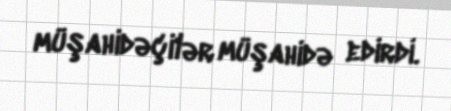
müşahidəçilər müşahidə edirdi.